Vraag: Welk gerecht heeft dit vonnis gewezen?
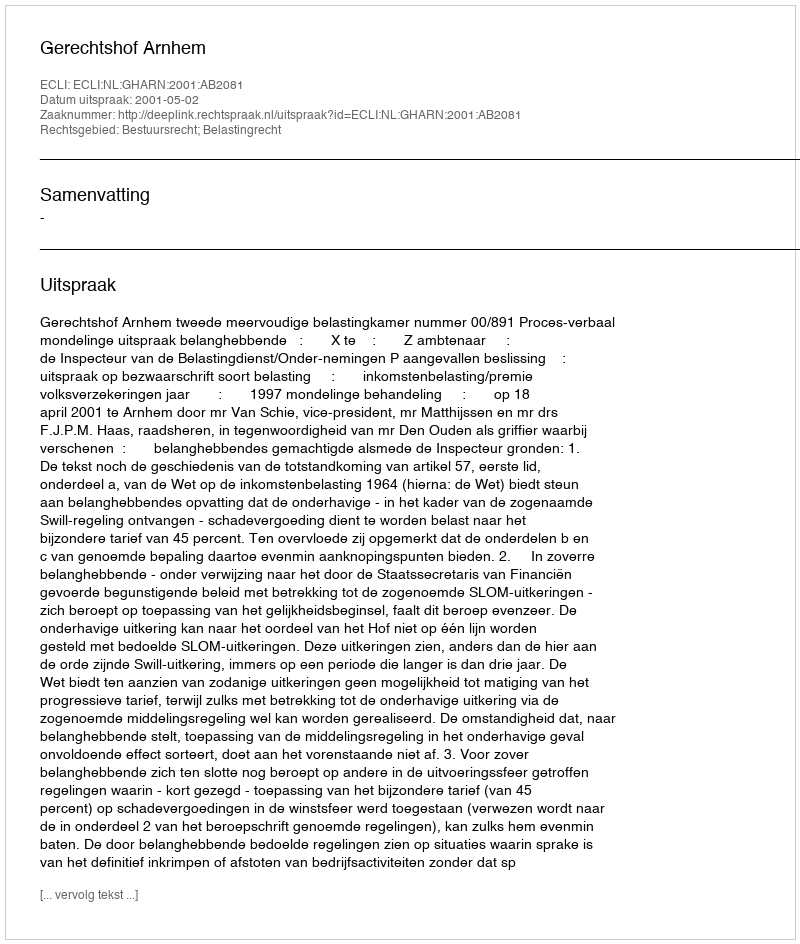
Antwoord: Gerechtshof Arnhem